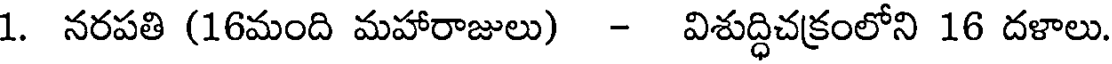
1. నరపతి (16మంది మహారాజులు) - విశుద్ధిచక్రంలోని 16 దళాలు.